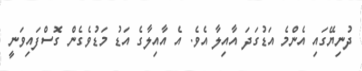
ދުނިޔޭގައި އެންމެ އަޑުގަދަ އާއިލާ އެވެ. އެ އާއިލާގެ އަޑު މަޑުވެގެން ގޮސްފައިވަނީ